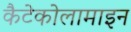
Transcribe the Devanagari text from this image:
कैटेकोलामाइन